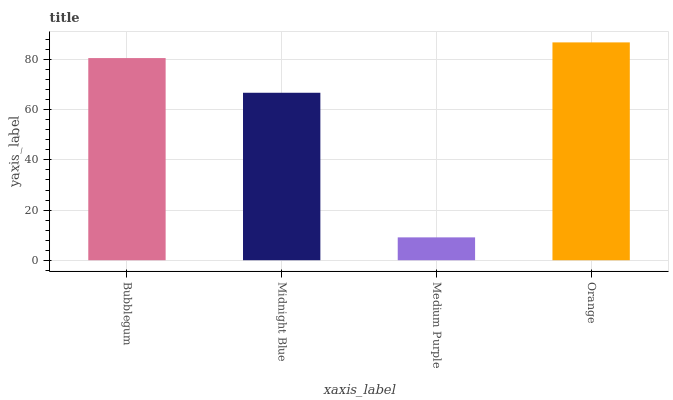
| xaxis_label | bars |
 | --- | --- |
 | Bubblegum | 80.6 |
 | Midnight Blue | 66.8 |
 | Medium Purple | 9.12 |
 | Orange | 86.9 |